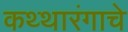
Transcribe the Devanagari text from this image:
कथ्थारंगाचे